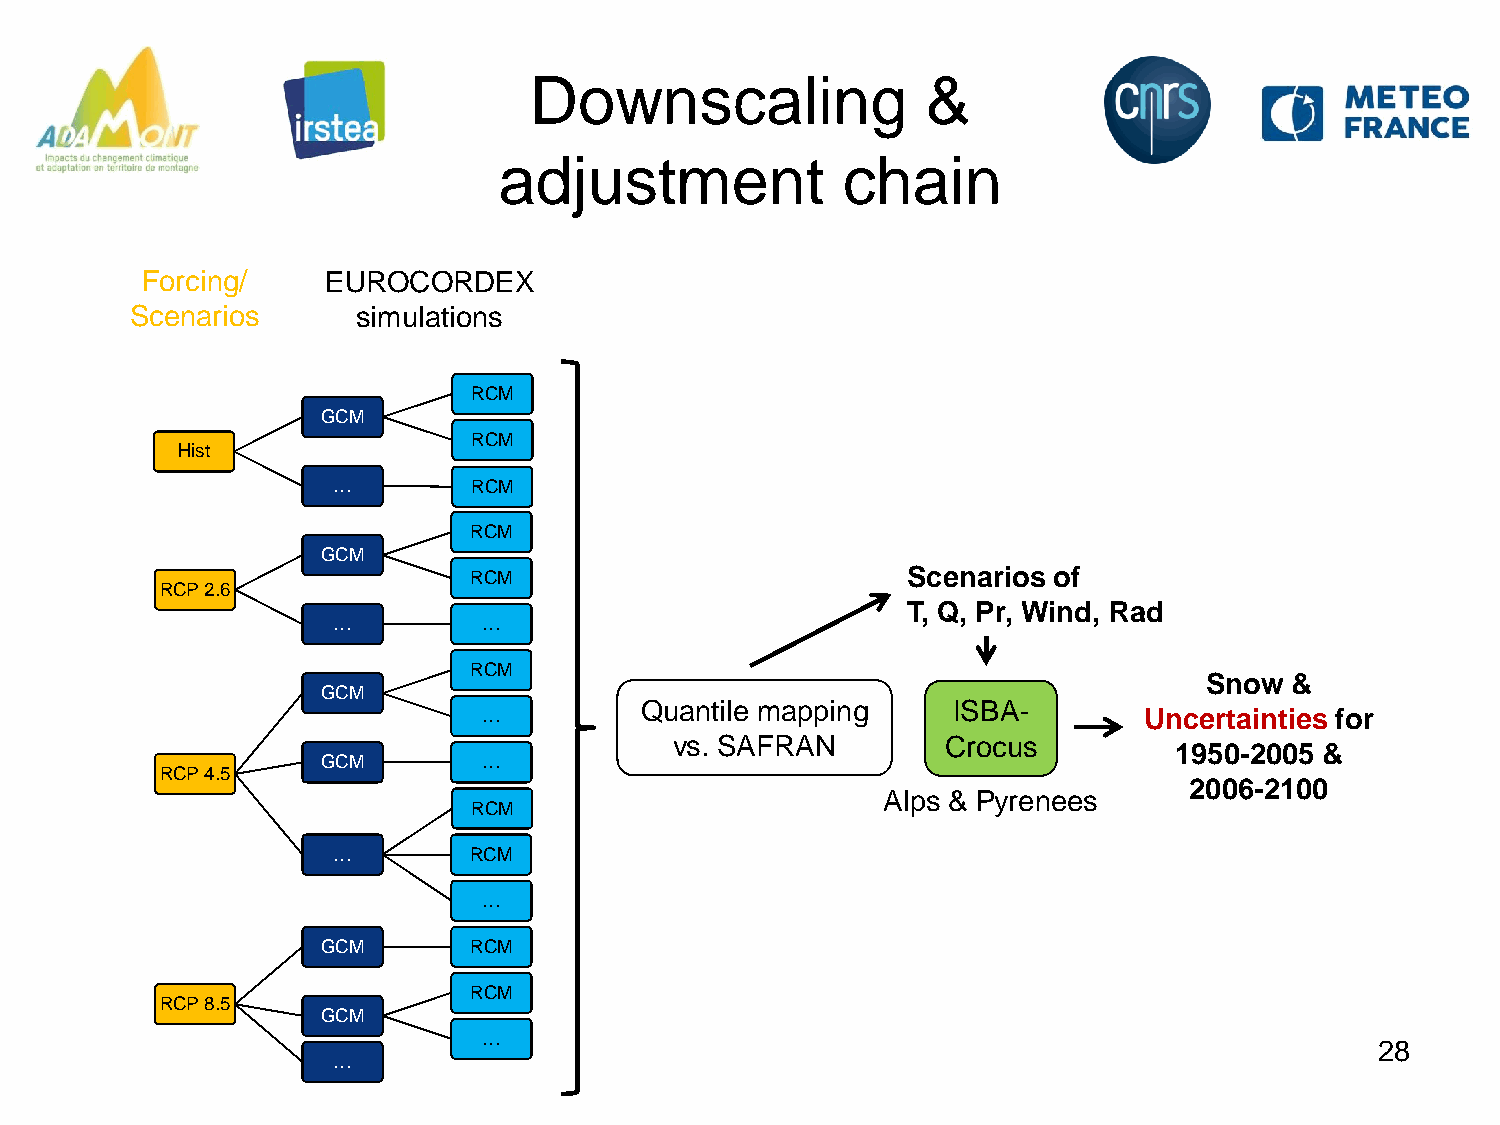
Downscaling               &
 adjustment             chain
 Forcing/     EUROCORDEX
 Scenarios      simulations
 RCM
 GCM
 RCM
 Hist
 …        RCM
 RCM
 GCM
 RCM                          Scenarios of
 RCP 2.6
 T, Q, Pr, Wind, Rad
 …         …
 RCM
 Snow &
 GCM
 Quantile mapping     ISBA-
 …                                           Uncertainties for
 vs. SAFRAN        Crocus
 1950-2005 &
 GCM        …
 RCP 4.5
 2006-2100
 Alps & Pyrenees
 RCM
 …        RCM
 …
 GCM       RCM
 RCM
 RCP 8.5
 GCM
 …
 28
 …